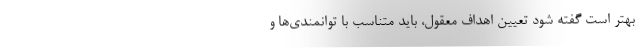
بهتر است گفته شود تعیین اهداف معقول، باید متناسب با توانمندی‌ها و